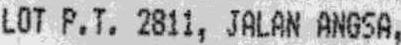
LOT P.T. 2811, JALAN ANGSA,